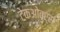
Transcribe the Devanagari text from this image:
टेकओवर्स